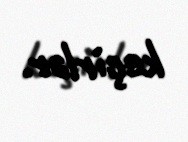
keçirlər.